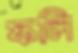
ফলি